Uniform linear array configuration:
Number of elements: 32
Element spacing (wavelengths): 0.25
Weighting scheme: hamming
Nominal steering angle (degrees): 15
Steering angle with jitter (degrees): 16.011
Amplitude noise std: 0.05
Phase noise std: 0.05

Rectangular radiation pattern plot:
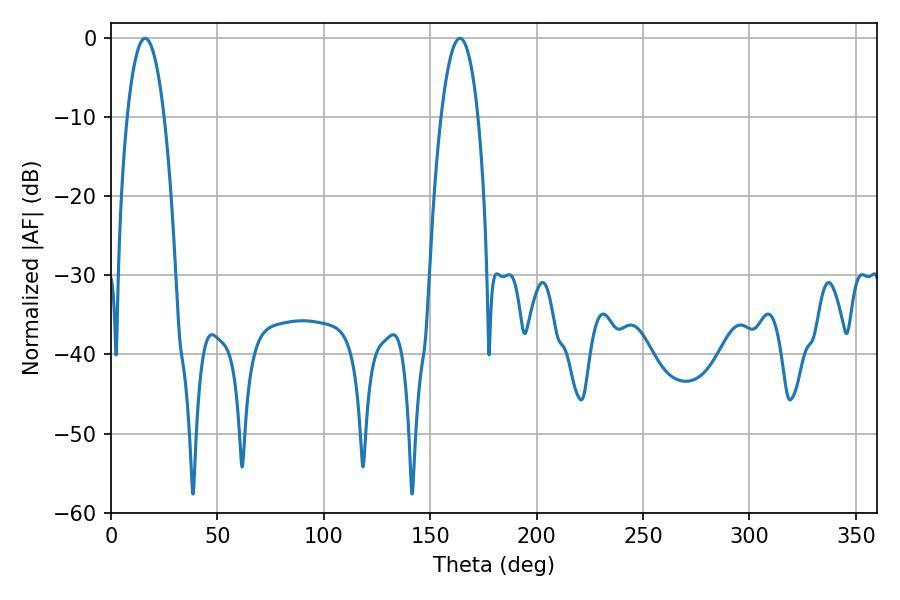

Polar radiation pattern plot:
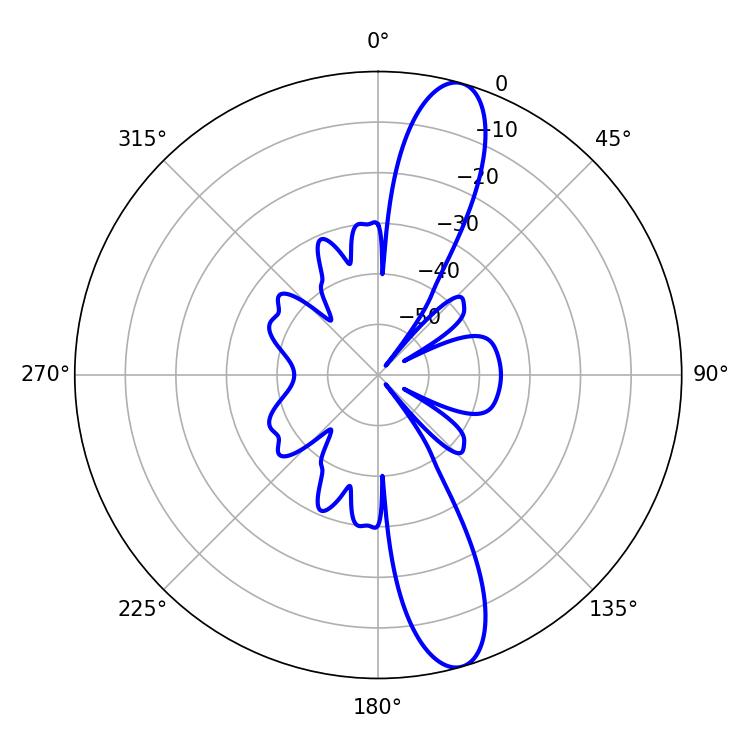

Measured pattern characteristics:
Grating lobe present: FALSE
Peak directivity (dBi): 13.016
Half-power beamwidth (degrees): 9.54
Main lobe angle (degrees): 16.02